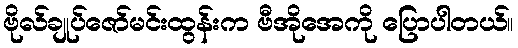
ဗိုလ်ချုပ်ဇော်မင်းထွန်းက ဗီအိုအေကို ပြောပါတယ်။